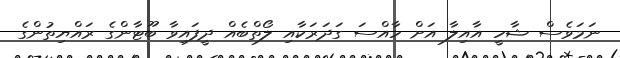
ނަމަވެސް ޝާހީ އާއިލާ އަށް ހާއްސަ ގަދަރަކާއި ލޯތްބެއް ދީފައިވާ ބޫޓާންގެ ރައްޔިތުންގެ